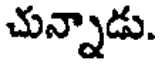
చున్నాడు.